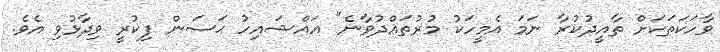
ވާހަކަތަކަށް ތާއީދުކުރާ ނަމަ އެމީހަކު މުރުތައްދުވާނެ" އައްޝައިހު ޙަސަން ފިކުރީ ވިދާޅުވި އެވެ.